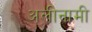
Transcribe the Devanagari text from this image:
अलीनामी